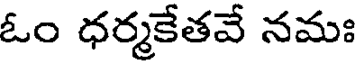
ఓం ధర్మకేతవే నమః